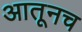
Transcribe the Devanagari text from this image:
आतूनच